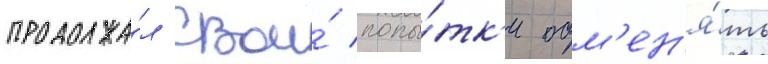
продолжа́л свои́ попы́тк'и обм'ен'я́ть